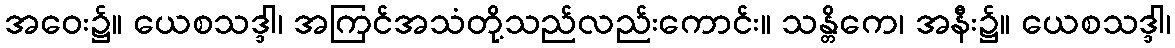
အဝေး၌။ ယေစသဒ္ဒါ၊ အကြင်အသံတို့သည်လည်းကောင်း။ သန္တိကေ၊ အနီး၌။ ယေစသဒ္ဒါ၊